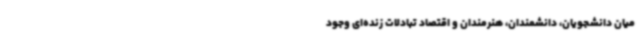
میان دانشجویان، دانشمندان، هنرمندان و اقتصاد تبادلات زنده‌ای وجود